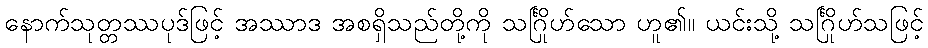
နောက်သုတ္တဿပုဒ်ဖြင့် အဿာဒ အစရှိသည်တို့ကို သင်္ဂြိုဟ်သော ဟူ၏။ ယင်းသို့ သင်္ဂြိုဟ်သဖြင့်